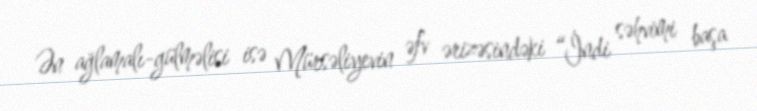
Ən ağlamalı-gülməlisi isə Mürsəliyevin əfv ərizəsindəki “İndi səhvimi başa